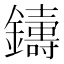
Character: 𨮾